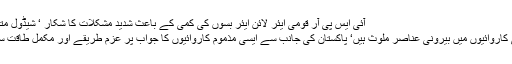
آئی ایس پی آر قومی ایئر لائن ایئر بسوں کی کمی کے باعث شدید مشکلات کا شکار ‘ شیڈول متاثر ہو کر رہ گیا
دہشت گردی کی کاروائیوں میں بیرونی عناصر ملوث ہیں‘ پاکستان کی جانب سے ایسی مذموم کاروائیوں کا جواب پر عزم طریقے اور مکمل طاقت سے دیا جائے گا۔